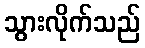
သွားလိုက်သည်